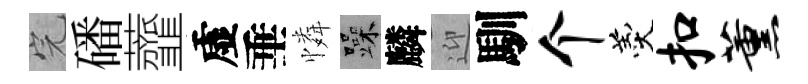
完磻虀虚垂憐躁麟迎馴个羹扣薰